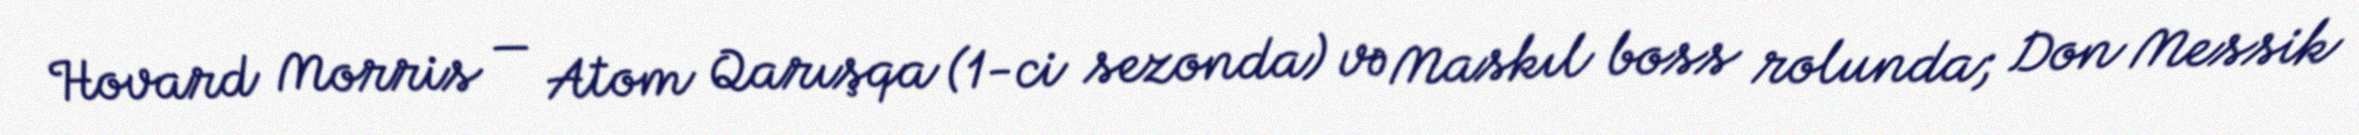
Hovard Morris — Atom Qarışqa (1-ci sezonda) və Maskıl boss rolunda; Don Messik